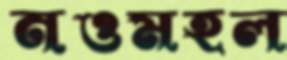
নওমহল